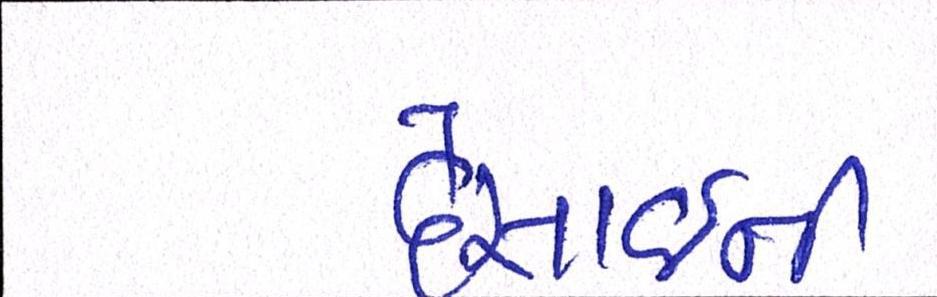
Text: દેસાઇની